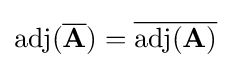
\operatorname {adj} ({\overline {\mathbf {A} }})={\overline {\operatorname {adj} (\mathbf {A} )}}